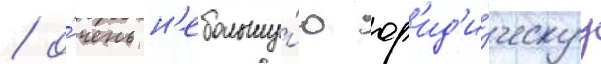
/ о́чень н'ебольшу́ю юр'ид'и́ческуу